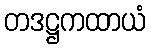
တဒဋ္ဌကထာယံ